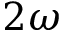
2 \omega